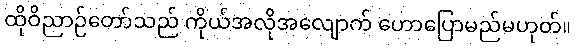
ထိုဝိညာဉ်တော်သည် ကိုယ်အလိုအလျောက် ဟောပြောမည်မဟုတ်။